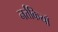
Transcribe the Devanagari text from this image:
नर्त्तकियाँ